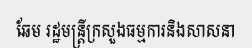
ឆែម រដ្ឋមន្ត្រីក្រសួងធម្មការនិងសាសនា